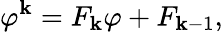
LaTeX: \varphi^{\mathbf{k}}=F_{\mathbf{k}}\varphi+F_{\mathbf{k}-1},